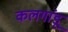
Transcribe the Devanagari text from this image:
कलगांडू